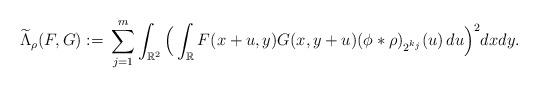
LaTeX: \begin{align*}\widetilde{\Lambda}_{\rho}(F,G) := \, \sum_{j=1}^m \int_{\mathbb{R}^2} \Big(\int_{\mathbb{R}} F(x+u,y) G(x,y+u) (\phi\ast\rho)_{2^{k_{j}}}(u)\,du\Big)^2 dxdy.\end{align*}